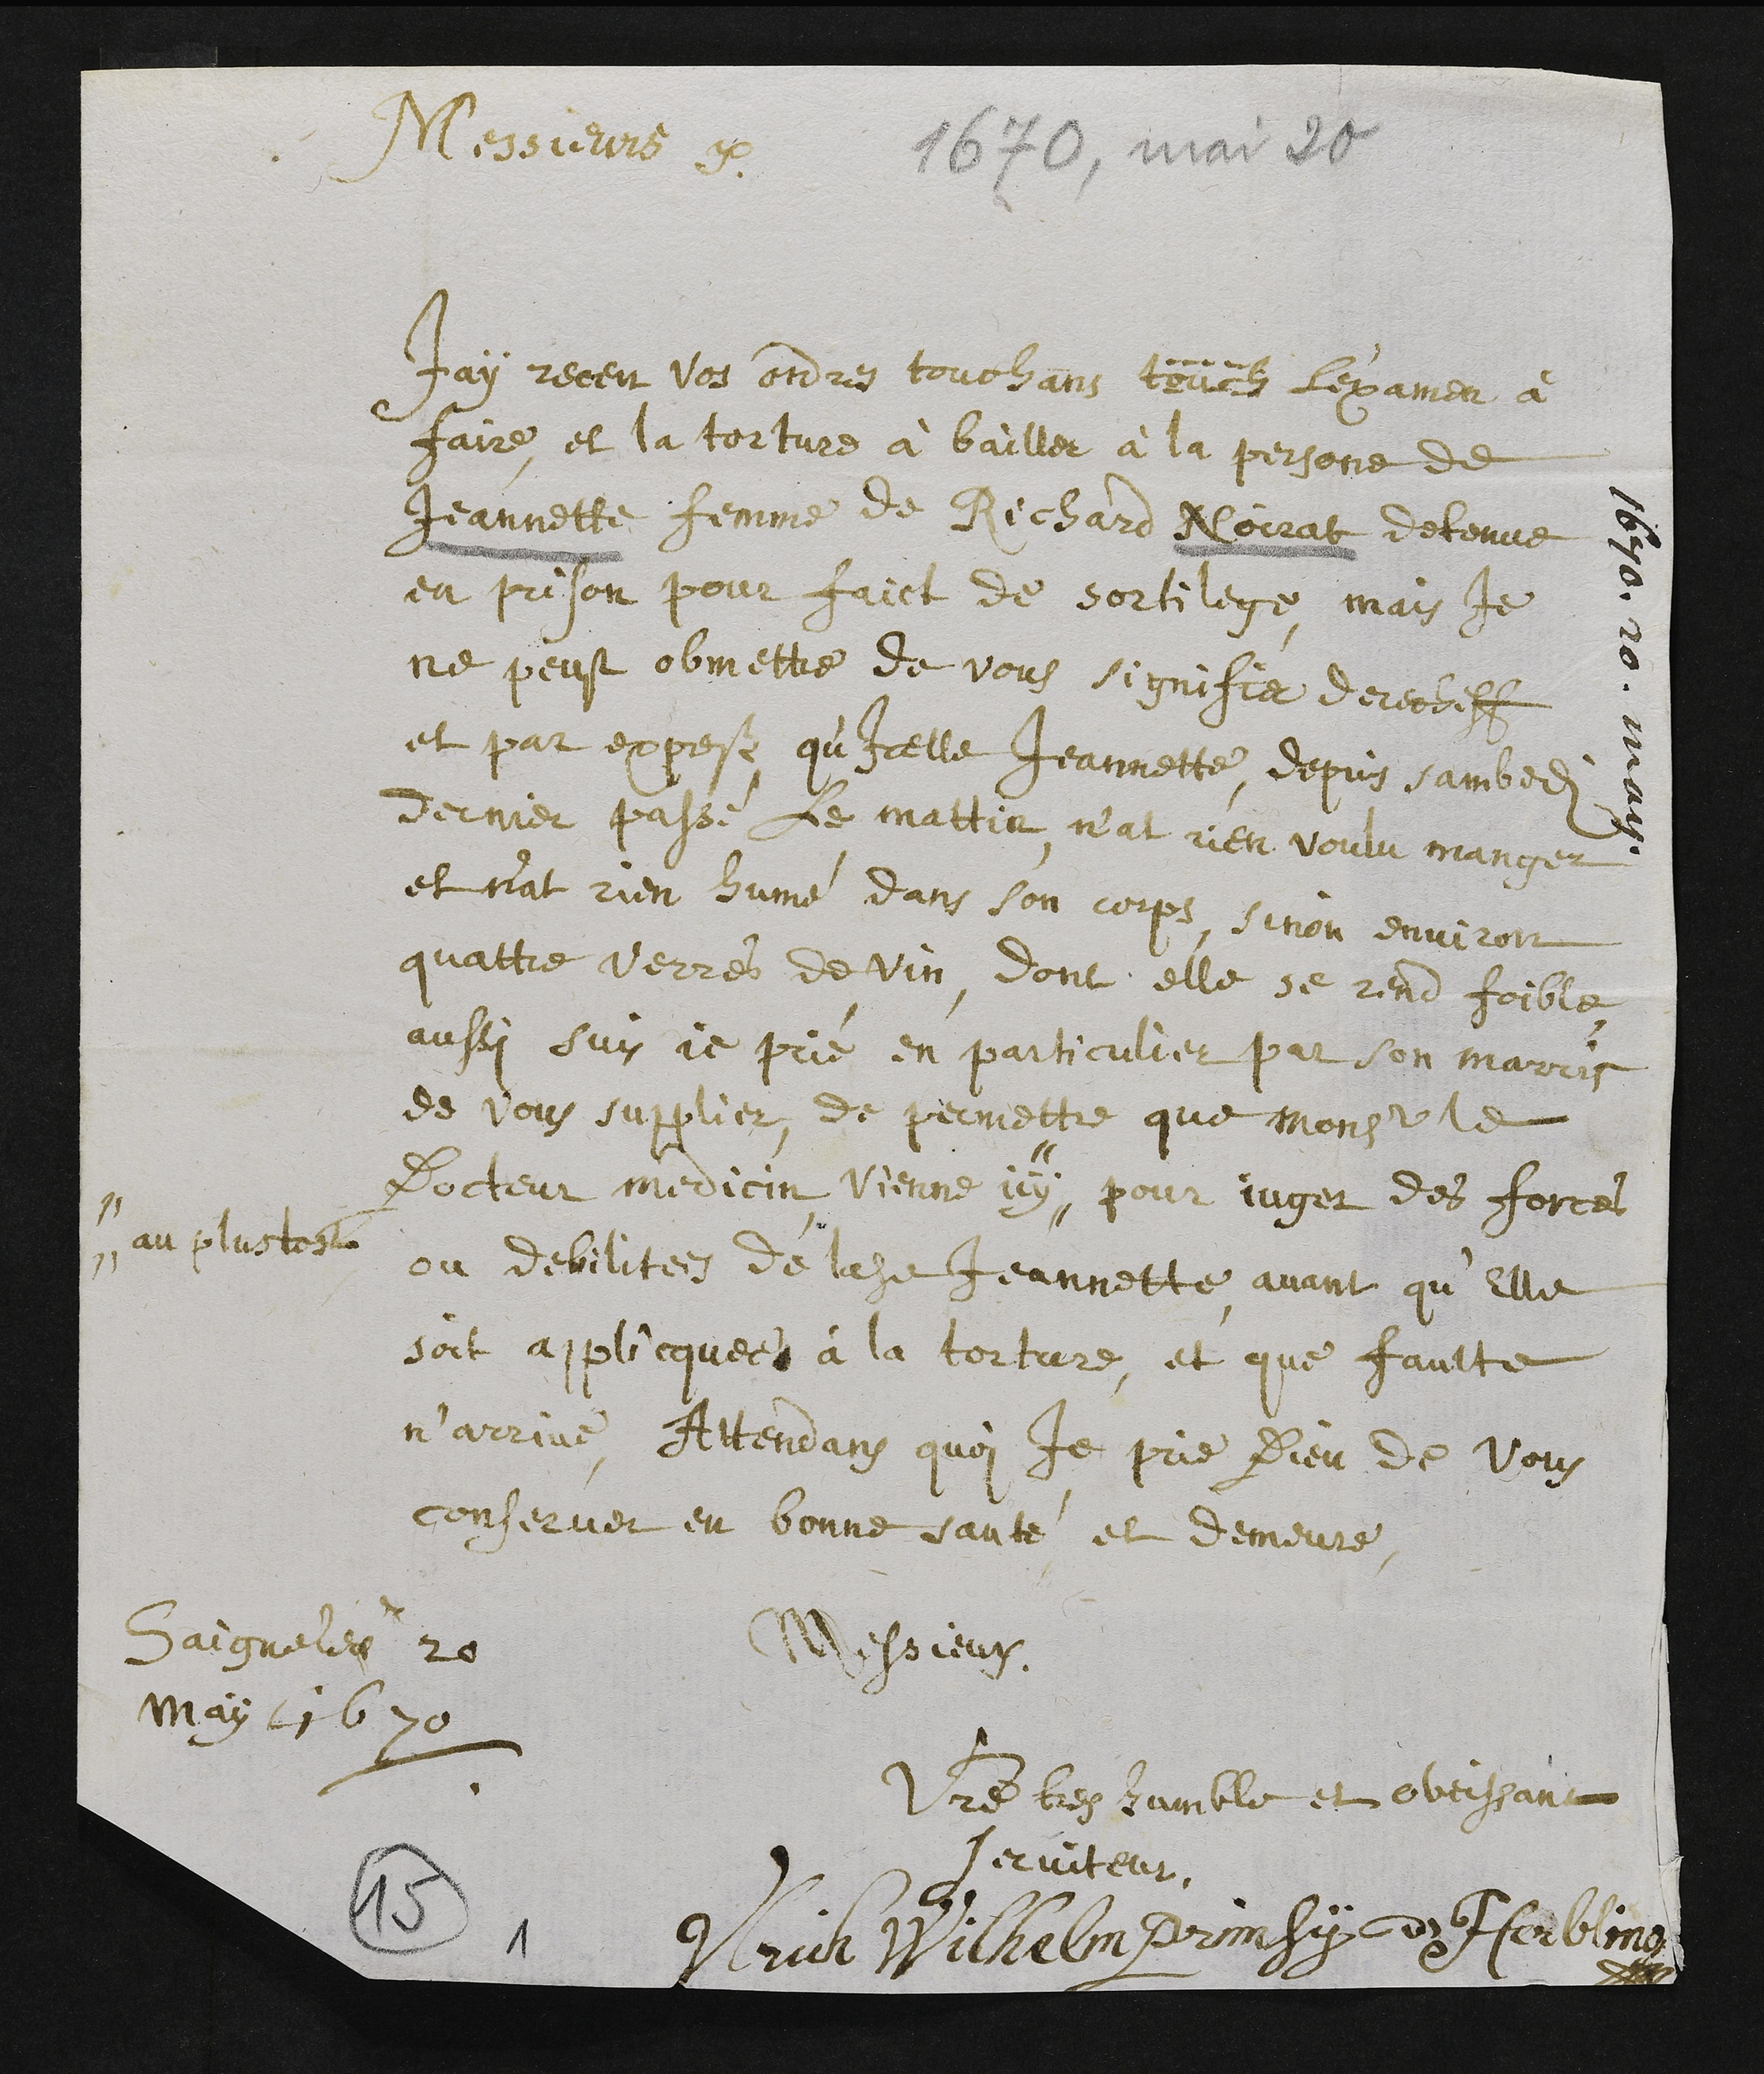
1670. 20. may.
Messieurs
J’ay receu vos ordre touchans touchant l’examen à
faire, et la torture à bailler à la persone de
Jeannette femme de Richard Noirat detenue
en prison pour faict de sortilege, mais je
ne peust obmettre de vous signifier derecheff
et par expres qu’icelle Jeannette, depuis sambedi
dernier passé le mattin, n’at rien voulu manger
et n’at rien humé dans son corps, sinon environ
quattre verres de vin, donc elle se send foible.
Aussi suis je prié en particulier par son marris
de vous supplier, de permettre que monseigneur le
docteur medecin vienne icy "
" au plustost
pour juger des forces
ou debilitees de ladite Jeannette, avant qu’elle
soit applicquée à la torture, et que faulte
n’arrive. Attendans quoi je prie Dieu de vous
conserver en bonne santé et demeure,
Messieurs
Votre tres humble et obeissant
serviteur,
Ulrich Wilhelm Primsÿ d'Herblingen
Saignelegier 20
may 1670